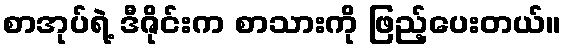
စာအုပ်ရဲ့ ဒီဇိုင်းက စာသားကို ဖြည့်ပေးတယ်။